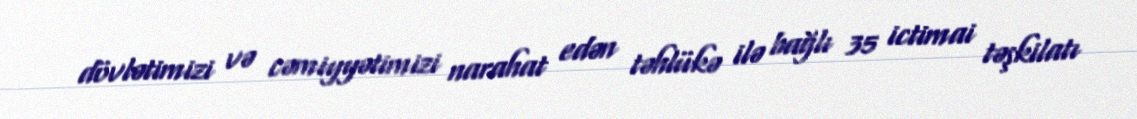
dövlətimizi və cəmiyyətimizi narahat edən təhlükə ilə bağlı 35 ictimai təşkilatı